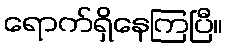
ရောက်ရှိနေကြပြီ။